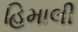
હિમાલી